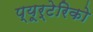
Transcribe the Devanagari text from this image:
प्यूर्टेरिको